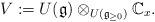
LaTeX: \begin{align*}V := U(\mathfrak g) \otimes_{ U(\mathfrak g_{\geq 0}) } \mathbb C_x.\end{align*}